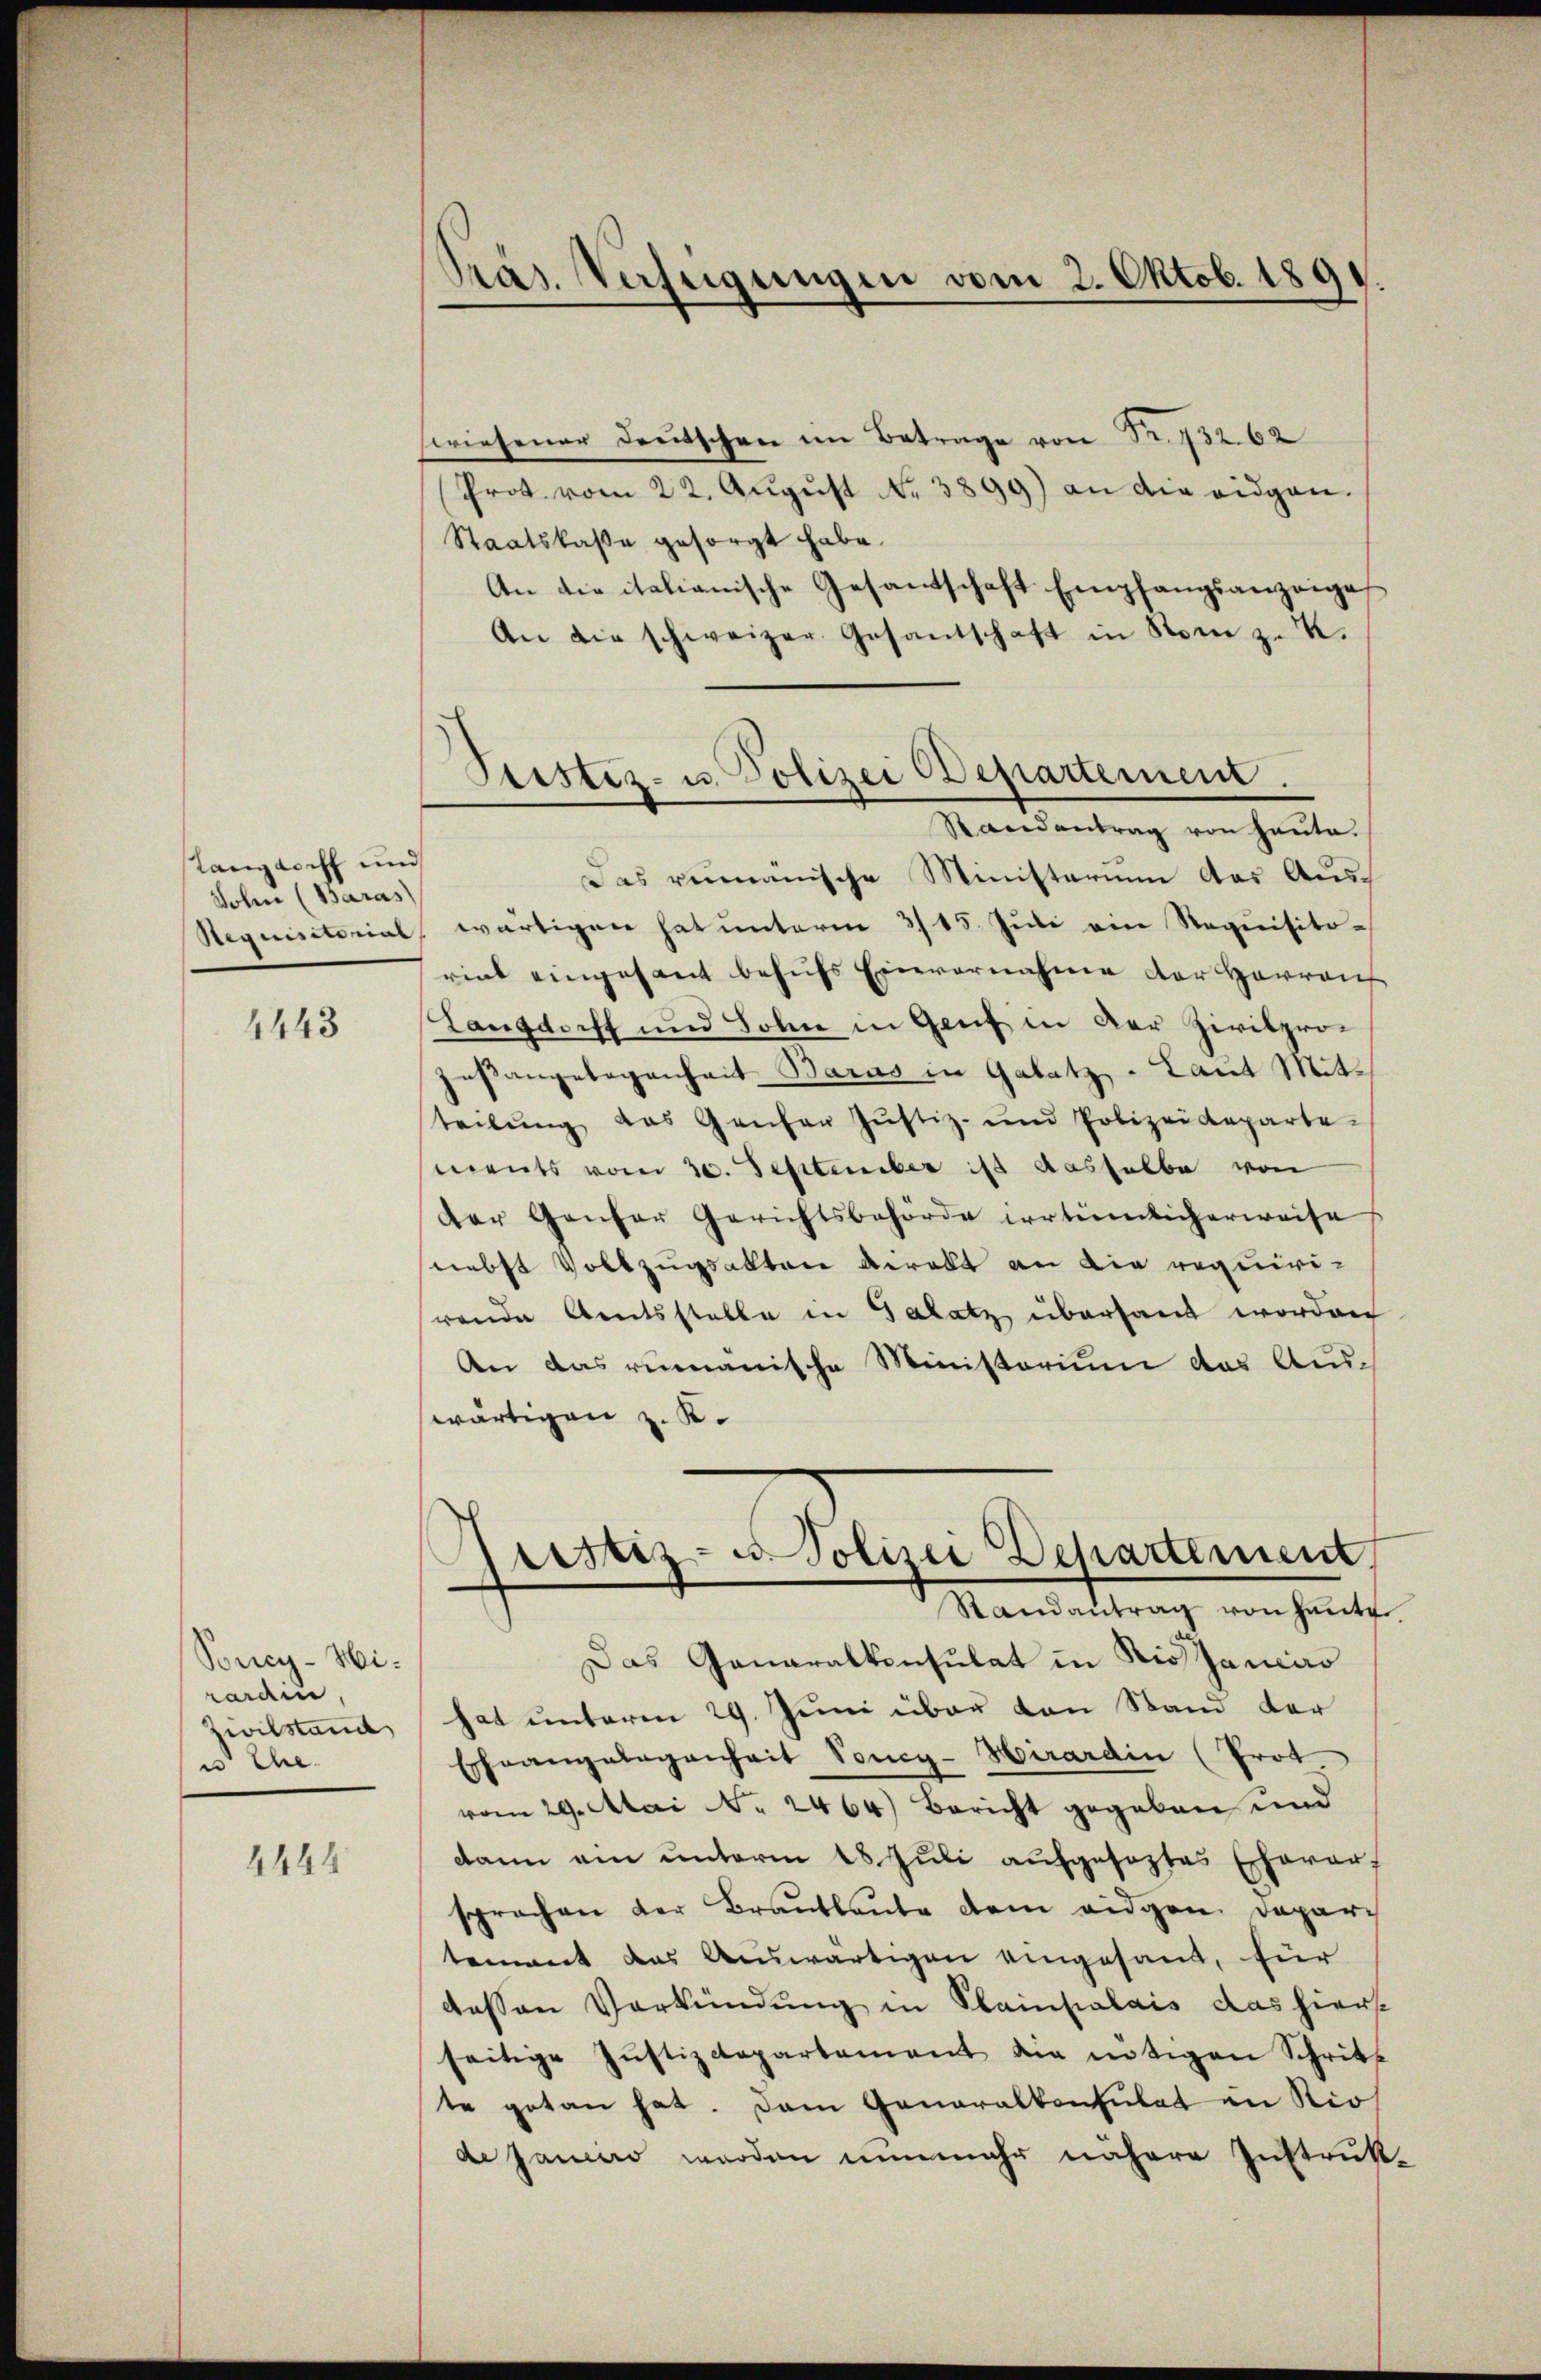
Langdorff und
Sohin (Baras)

4443

Poncy-Wirardin,
Zivilstand
i Ehe.

4444

Präs. Verfeigungen vom 2. Oktob. 1891.

swiesener Deutschen im Betrage von S. 732. 62
Prot. vom 22. Aŭgŭst No 3899) an die eidgen.
Staatskasse gesorgt habe.
An die italianische Gesantschaft Empfangsanzeige
An die schweizer Gesandschaft in Rom z. B.
Das remanische Ministerium das Aus¬
Requisitorial, wärtigen hat unterm 3/15. Jŭli ein Requisitoriat eingesant behŭfs Einvernahme der Harrauf
Langdorff und Sohn in Genf in der Zivilprosesangelegenheit Barus in Galatz - Laut Mitteilŭng das Gantar Jŭstiz- und Polizeideparte-
ments vom 20. September ist dasselbe von
der Ganzer Gerichtsbehörde irrtümlicherweise
nebst Vollzugsakten direkt an die requirihrende Amtsstelle in Glatz übersaut worden
An das rumänische Ministerium das Aus-
swärtigen z. K.
Justiz- u. Polizei Departement
Randantrag von heute
Das Ganaralkonsulat in Rissances
hat unterm 29. Juni über von Stand der
Ehnangelegenheit Voncy-Hirardin (Prot
vom 29. Mai Nr. 2464) Bericht gegeben und
dann am unterm 18. Juli aufgeseztes Ehever
sprachen der Braŭtlaŭte dem eidgen. Depari
tement das Auswärtigen eingesand, für
dessen Verkündung in Plainpalais das hierst
seitige Justizdepartement die intigen Schritt
te getan hat. Dem Generalkonsulat an Rio
de Janaro werden nunmehr nähere Instruk¬

Peister- u. Polizei Departement.
Randantrag von heute.